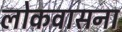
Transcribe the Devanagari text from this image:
लोकवासना